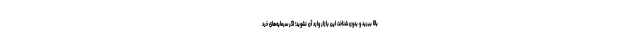
بالا ببرید و بدون شناخت این بازار وارد آن نشوید؛ اگر سرمایه‌های خرد